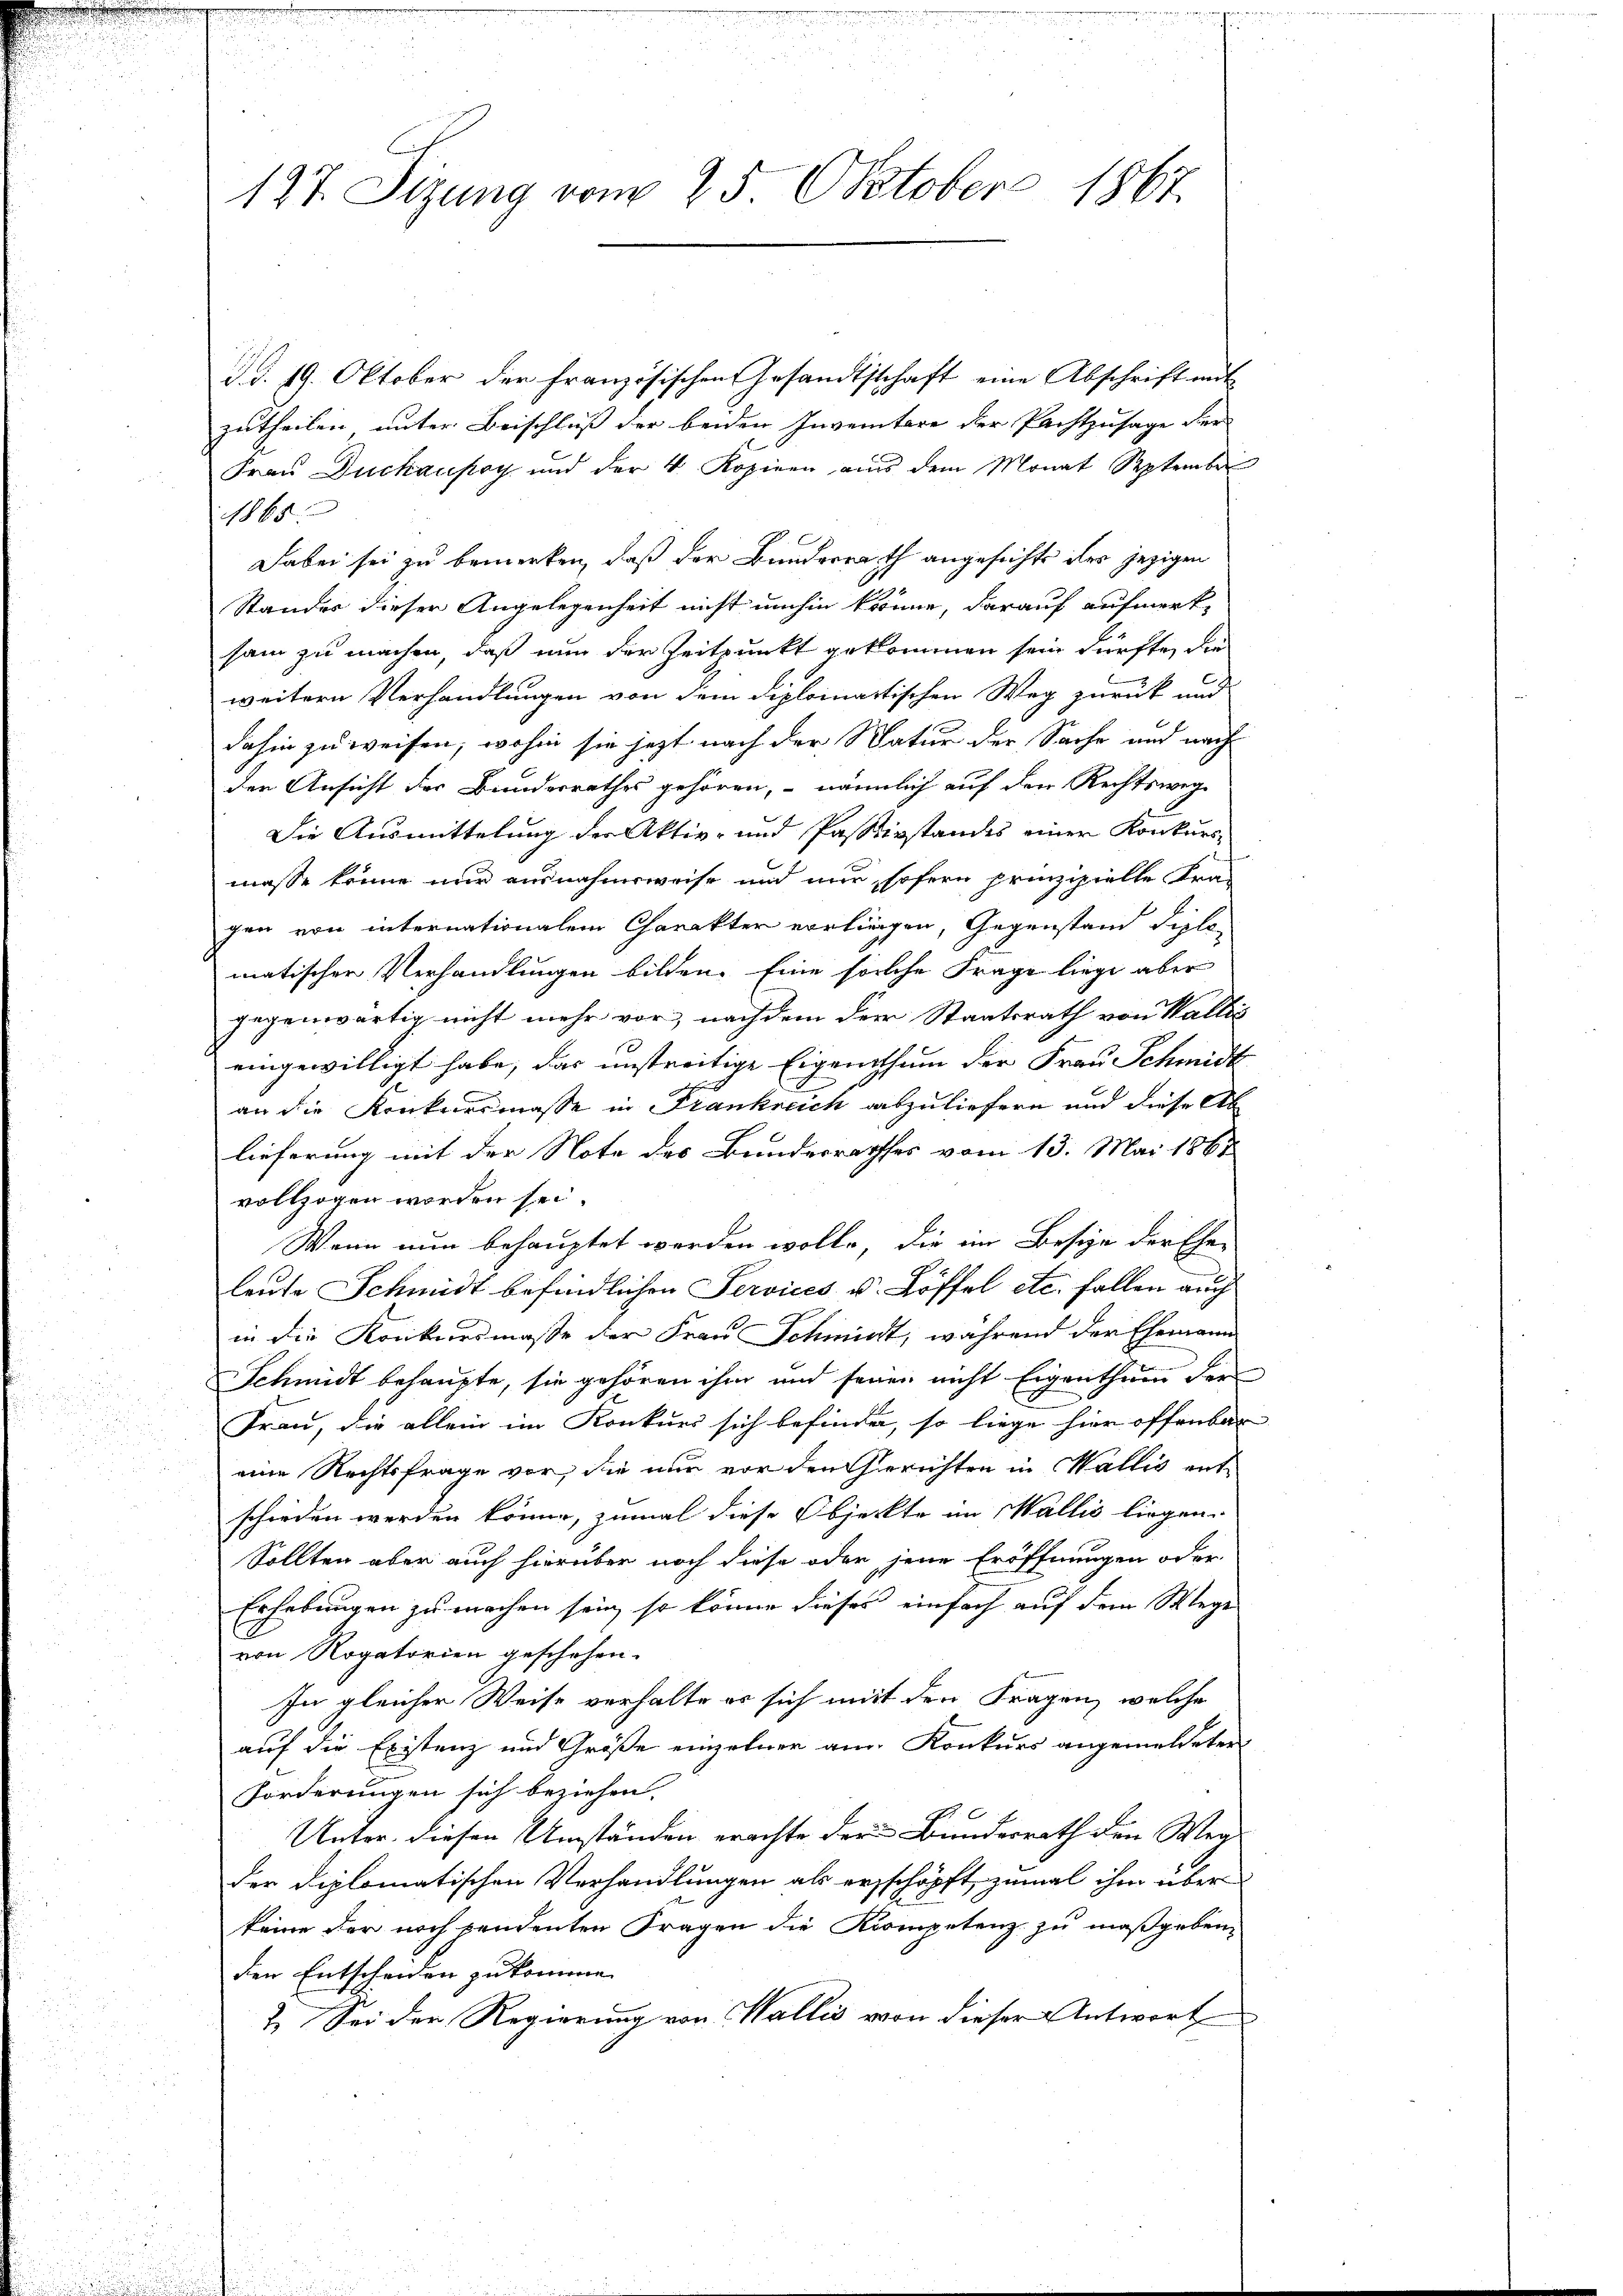
127. Sizung vom 25. Oktober 1867.

d.d. 19. Oktober der französischen Gesandtschaft eine Abschrift mit
zutheilen unter Beischluß der beiden Inventare der Pachtzusage der
Frau Duckausoy und der 4 Kozinen aus dem Monat Septembe
11865
Dabei sei zu bemerken, daß der Bunderrath angesichte des jezigen
Standes dieser Angelegenheit nicht umhin könne, darauf aufmerksam zu machen, daß nun der Zeitpunkt gekommen sein dürfte, die
weitern Verhandlungen von dem diplomatischen Weg zurück und
dahin zu weisen, wohin sie jetzt nach der Natur der Sache und nach
der Ansicht der Bundesrathes gehören, nämmlich auf den Rechtswege
Die Ausmittelung der Aktiv- und Passistandes einer Konkursmasse könne nur ausnahmsweise und nur, sofern prinzipielle Fragen von internationalem Charakter vorliegen, Gegenstand diplomatischen Verhandlungen bilden. Eine solche Frage liege aber
gegenwärtig nicht mehr vor, nachdem der Staatsrath von Wallis
eingewilligt habe, das unstreitige Eigenthum der Frau Schmidt
an die Konkursmasse in Frankreich auszuliefern und diese Ab
lieferung mit der Note des Bundesrathes vom 13. Mai 1867
vollzogen worden sei.
Wenn nun behauptet werden wolle, die im Besize der Ehe-
leute Schmidt befindlichen Services u. Löffel etc. fallen auch
in die Konkursmaße der Frau Schmidt, während der Ehemann
Schmidt behaupte, sie gehören ihm und seinen nicht Eigenthum der
Frau, die allein im Konkurs sich befinden, so liege hier offenbar
eine Rechtsfrage vor, die nur vor den Gerichten in Wallis entschieden werden könne, zumal diese Objeckte im Wallis liegen.
Sollten aber auch hierüber noch diese oder jene Eröffnungen oder
Erhebungen zu machen sein, so könne dieses einfach auf dem Wege
von Rogatorien geschehen.
In gleicher Weise verhalte er sich mit den Fragen, welche
auf die Existenz und Größe einzelner am Konkurs angemeldeter
Forderungen sich beziehen.
Unter diesen Umständen erachte der Bundesrath den Weg-
der diplomatischen Verhandlungen als erschöpft, zumal ihm über
keine der noch pendenten Fragen die Kompetenz zu maßgeben,
den Entscheiden zukomme.
2. Sei der Regierung von Wallis von dieser Antwort